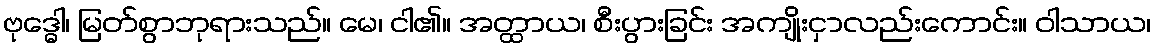
ဗုဒ္ဓေါ၊ မြတ်စွာဘုရားသည်။ မေ၊ ငါ၏။ အတ္ထာယ၊ စီးပွားခြင်း အကျိုးငှာလည်းကောင်း။ ဝါသာယ၊